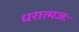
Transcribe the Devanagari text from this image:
धरात्मजः